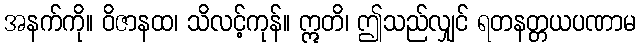
အနက်ကို။ ဝိဇာနထ၊ သိလင့်ကုန်။ ဣတိ၊ ဤသည်လျှင် ရတနတ္တယပဏာမ